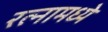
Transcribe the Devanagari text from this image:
रत्‍नामध्ये